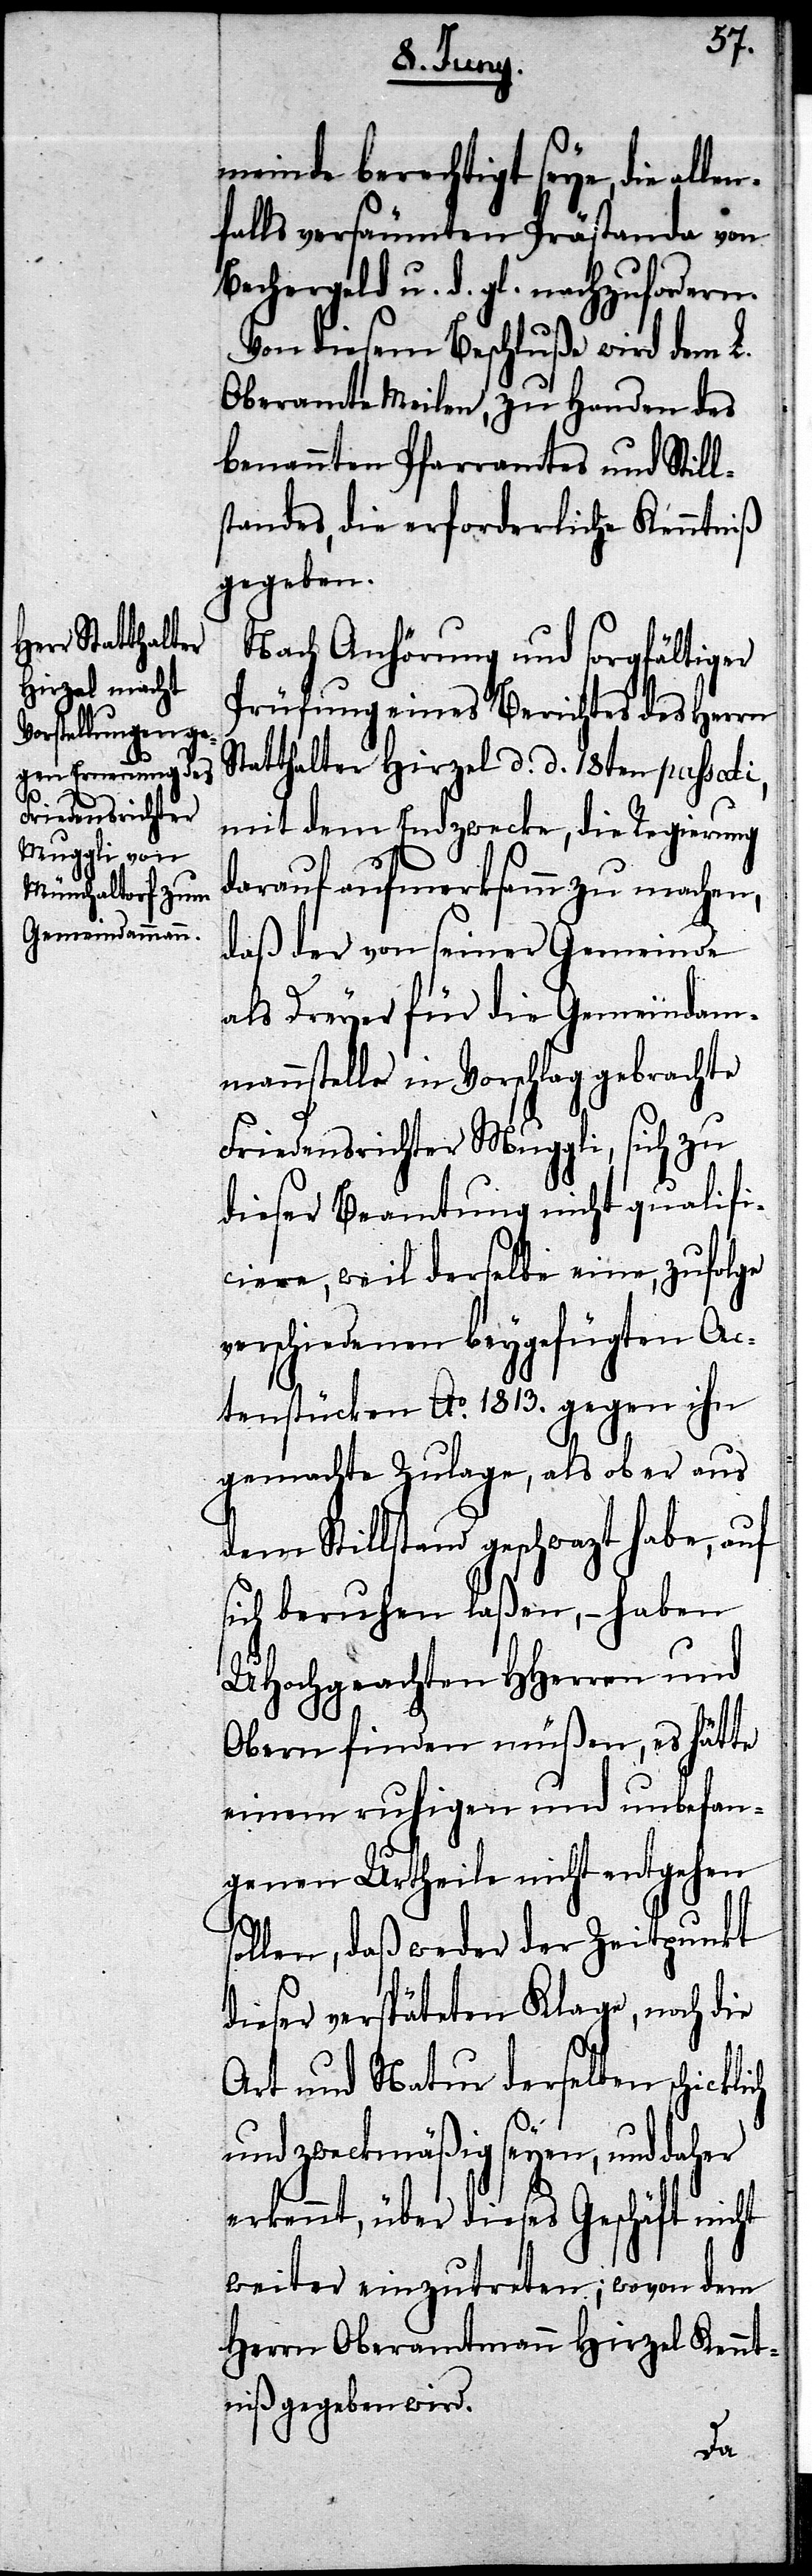
s¬

meinde berechtigt seye, die all¬
falls versäumten Prästanda von
Bechergeld u. d. gl. nachzufordern.
Von diesem Beschluße wird dem L.
Oberamte Meilen, zu Handen des
benannten Pfarramtes und Still¬
standes, die erforderliche Kenntniß
gegeben.
Nach Anhörung und sorgfältiger
Prüfung eines Berichtes des Herrn
Statthalter Hirzel d. d. 18ten passati,
mit dem Endzwecke, die Regierung
darauf aufmerksamm zu machen,
daß der von seiner Gemeinde
als Dreyer für die Gemeindam¬
mannstelle in Vorschlag gebrachte
Friedensrichter Muggli, sich zu
dieser Beamtung nicht qualifi¬
ciere, weil derselbe eine, zufolge
verschiedenen beygefügten Ac¬
tenstücken Ao. 1813. gegen ihn
gemachte Zulage, als ob er aus
dem Stillstand geschwazt habe, auf
sich beruhen laßen, – haben
UHochgeachten HHerren und
Obern finden müßen, es hätte
einen ruhigen und unbefan¬
genen Urtheile nicht entgehen
ollen, daß weder der Zeitpunkt
dieser verspäteten Klage, noch die
Art und Natur derselben schic¬
und zweckmäßig seyen, und daher
erkennt, über dieses Geschäft nicht
weiter einzutreten; wovon dem
Herrn Oberamtmann Hirzel Kennt¬
niß gegeben wird.
klich